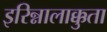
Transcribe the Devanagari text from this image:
इरिन्नालाक्कुता